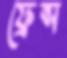
ফ্রেন্স